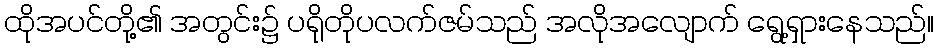
ထိုအပင်တို့၏ အတွင်း၌ ပရိုတိုပလက်ဇမ်သည် အလိုအလျောက် ရွေ့ရှားနေသည်။